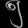
Digit: ၅